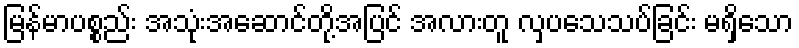
မြန်မာပစ္စည်း အသုံးအဆောင်တို့အပြင် အလားတူ လှပသေသပ်ခြင်း မရှိသော